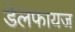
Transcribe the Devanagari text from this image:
डेलफायज